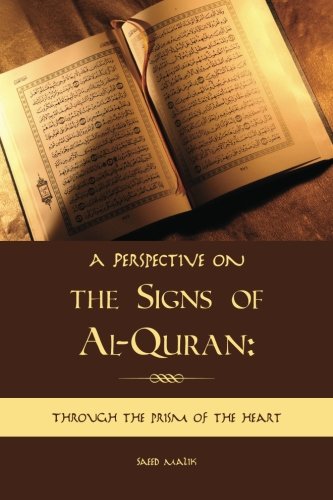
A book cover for A Perspective on the Signs of Al-Quran: Through the prism of the heart; Saeed Malik; Religion & Spirituality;